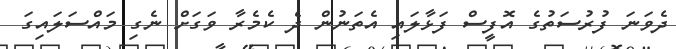
ދެވަނަ ފުރުސަތުގެ އޮފީސް ފަޅާލައި އެތަނުން ދެ ކެމެރާ ވަގަށް ނެގި މައްސަލައިގަ